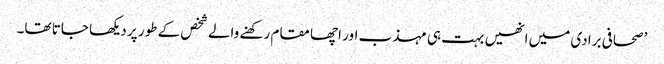
’صحافی برادی میں انھیں بہت ہی مہذب اور اچھا مقام رکھنے والے شخص کے طور پر دیکھا جاتا تھا۔